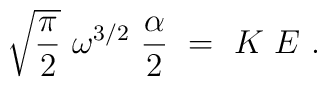
\sqrt{\frac{\pi}{2}}~\omega^{3/2}~\frac{\alpha}{2}~=~K~E~.